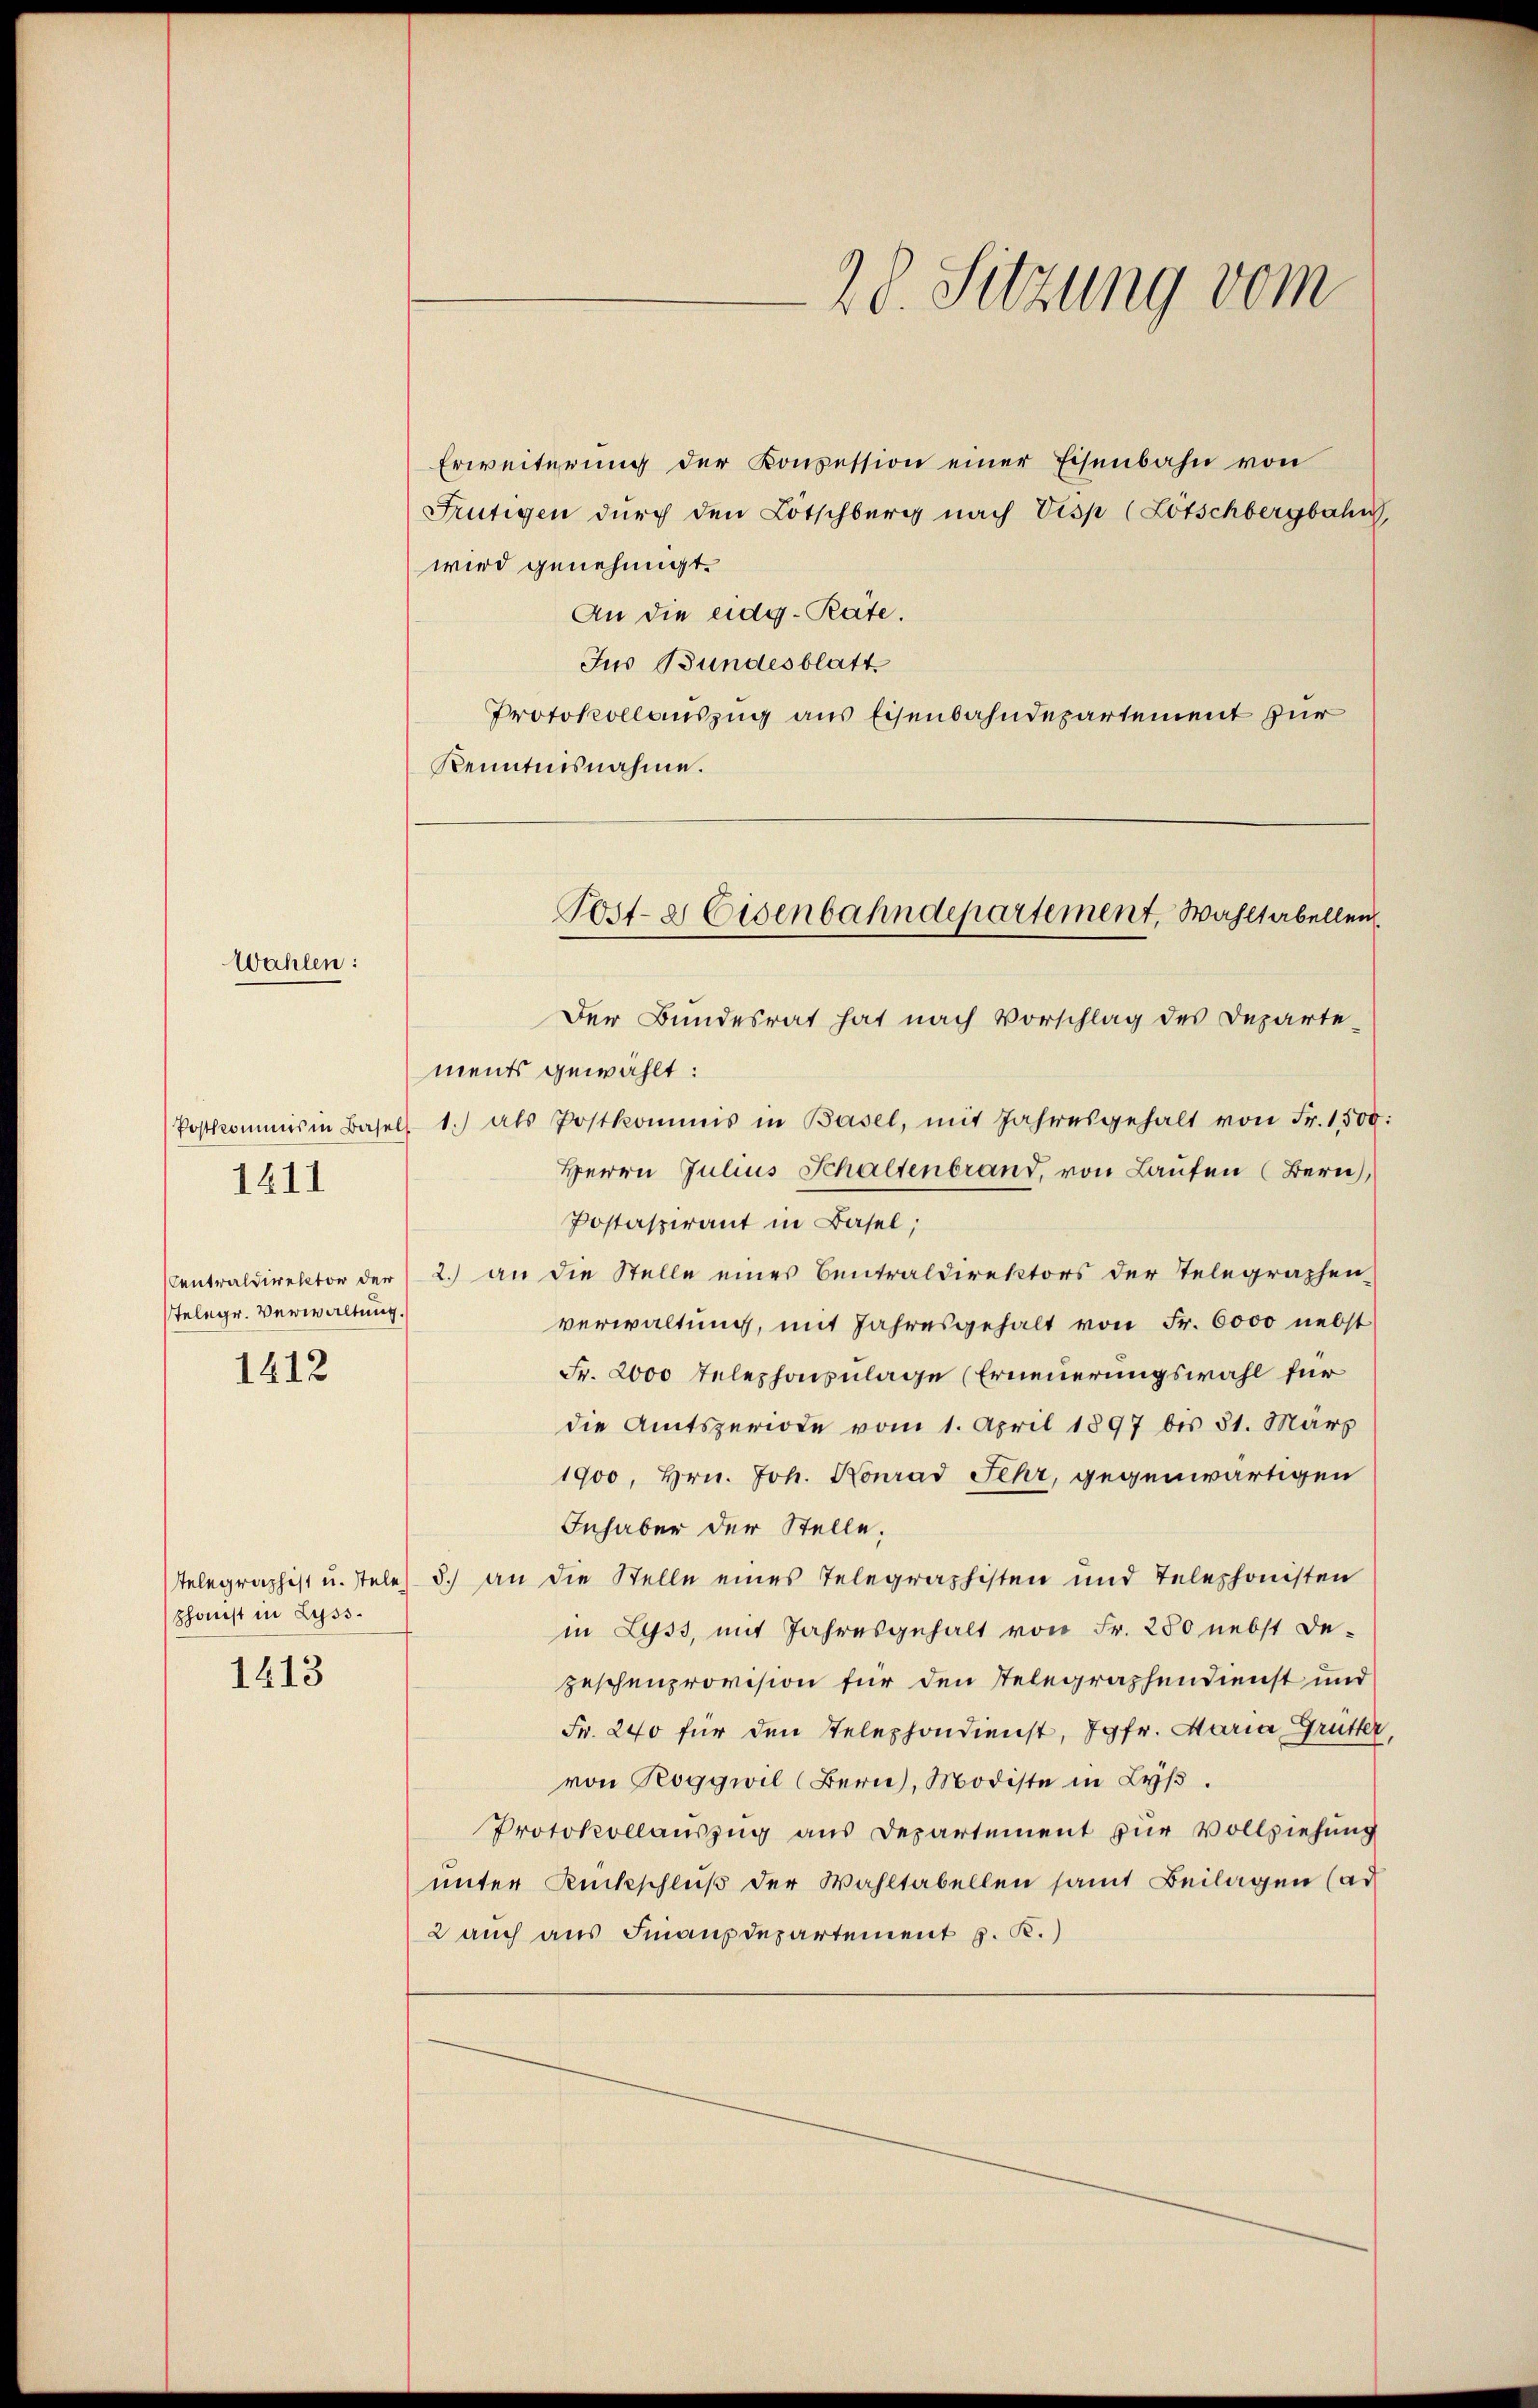
Wahlen:

Postkommnis in Basel
1411

Centraldirektor der
sTelegr. Verwaltung.

1412

phonst in Lyss.

1413

Erweiterung der Konzession einer Eisenbahn von
Frutigen durch den Lötschberg nach Visp (Lötschbergbahn,
wird genehmigt.
An die eidg. Räte.
Jus Bundesblatt
Protokollauszug aus Eisenbahndepartement für
Kenntnisnahme.
Der Bundesrat hat nach Vorschlag des Departe-
ments gewählt:
 1.) als Postkommis in Basel, mit Jahresgehalt von Fr. 1,500:
Herrn Julius Schaltenbrand, von Laufen (Bern,
Postaspirant in Basel;
2. an die Stelle eines Centraldirektors der Telegraphen-
verwaltung, mit Jahresgehalt von Fr. 6000 nebst
Fr. 2000 Telephonsulage (Erneuerungswahl für
die Amtsperiode vom 1. April 1897 bis 31. März
1900, Hrn. Joh. Konrad Fehr, gegenwärtigen
Inhaber der Stelle.
Telegraphist u. stele) d.) an die Stelle eines Telegraphisten und Telephonisten
in Lyss, mit Jahresgehalt von Fr. 280 nebst De-
zeschenprovision für den Telegraphendienst und
Fr. 240 für den Telephondienst, Jgfr. Maria Grütter,
von Roggwil (Bern, Modiste in Lyß.
Protokollauszug aus Departement zur Vollziehung
unter Rückschluß der Wahltabellen samt Beilagen (ad
2 auch aus Finanzdepartement z. K.)

28. Sitzung vom

Post- & Eisenbahndepartement, Wahltabellen